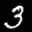
Label: 3